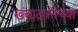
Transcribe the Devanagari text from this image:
खंबाटकीच्या